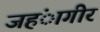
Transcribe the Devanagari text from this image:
जहंागीर